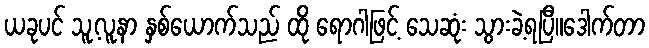
ယခုပင် သူ့လူနာ နှစ်ယောက်သည် ထို ရောဂါဖြင့် သေဆုံး သွားခဲ့ရပြီ။ဒေါက်တာ